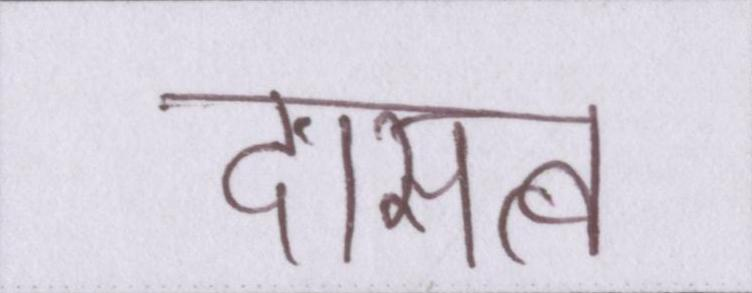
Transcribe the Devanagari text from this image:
दासत्व